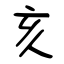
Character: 亥